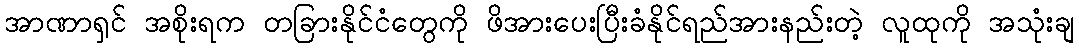
အာဏာရှင် အစိုးရက တခြားနိုင်ငံတွေကို ဖိအားပေးပြီးခံနိုင်ရည်အားနည်းတဲ့ လူထုကို အသုံးချ